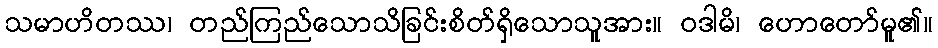
သမာဟိတဿ၊ တည်ကြည်သောသိခြင်းစိတ်ရှိသောသူအား။ ဝဒါမိ၊ ဟောတော်မူ၏။